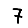
Digit: 7